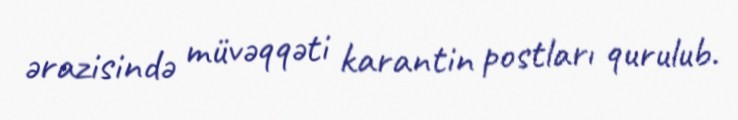
ərazisində müvəqqəti karantin postları qurulub.